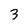
Character: 3